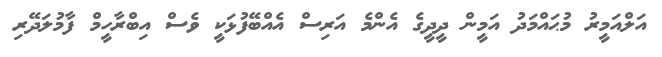
އަލްއަމީރު މުޙައްމަދު އަމީން ދީދީގެ އެންމެ އަރިސް އެއްބޭފުޅަކީ ވެސް އިބްރާހީމް ފާމުލަދޭރި